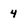
Character: 4